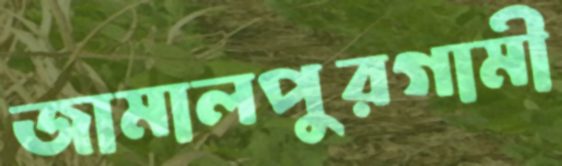
জামালপুরগামী